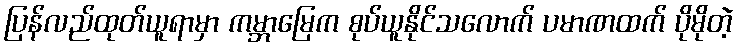
ပြန်လည်ထုတ်ယူရာမှာ ကမ္ဘာမြေက စုပ်ယူနိုင်သလောက် ပမာဏထက် ပိုမိုတဲ့